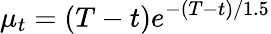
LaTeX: \mu_{t}=(T-t)e^{-(T-t)/1.5}